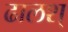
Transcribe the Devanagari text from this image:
ढालश्